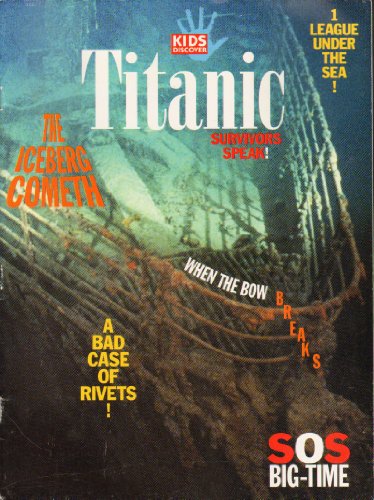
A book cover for Kids Discover (Magazine) Titanic; Science & Math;